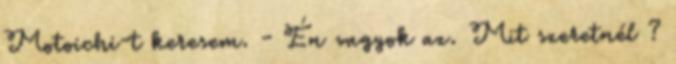
Motoichi-t keresem. - Én vagyok az. Mit szeretnél ?